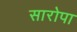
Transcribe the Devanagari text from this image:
सारोपा